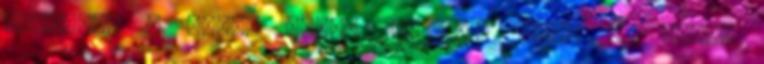
Brad&Dal ₰ Csüt. Május 10, 2018 10:47 pm Mivel